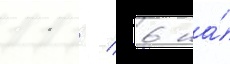
11 / 6 на́